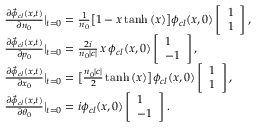
\begin{array} { r l } & { \frac { \partial \Vec { \phi } _ { c l } ( x , t ) } { \partial n _ { 0 } } \rvert _ { t = 0 } = \frac { 1 } { n _ { 0 } } \big [ 1 - x \operatorname { t a n h } { ( x ) } \big ] \phi _ { c l } ( x , 0 ) \left[ \begin{array} { l } { 1 } \\ { 1 } \end{array} \right] , } \\ & { \frac { \partial \Vec { \phi } _ { c l } ( x , t ) } { \partial p _ { 0 } } \rvert _ { t = 0 } = \frac { 2 i } { n _ { 0 } | c | } \, x \, \phi _ { c l } ( x , 0 ) \left[ \begin{array} { l } { 1 } \\ { - 1 } \end{array} \right] , } \\ & { \frac { \partial \Vec { \phi } _ { c l } ( x , t ) } { \partial x _ { 0 } } \rvert _ { t = 0 } = \big [ \frac { n _ { 0 } | c | } { 2 } \operatorname { t a n h } { ( x ) } \big ] \phi _ { c l } ( x , 0 ) \left[ \begin{array} { l } { 1 } \\ { 1 } \end{array} \right] , } \\ & { \frac { \partial \Vec { \phi } _ { c l } ( x , t ) } { \partial \theta _ { 0 } } \rvert _ { t = 0 } = i \phi _ { c l } ( x , 0 ) \left[ \begin{array} { l } { 1 } \\ { - 1 } \end{array} \right] . } \end{array}